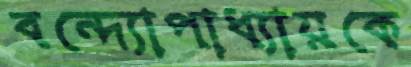
বন্দ্যোপাধ্যায়কে